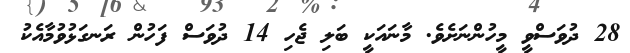
28 ދުވަސްވީ މީހުންނަށެވެ. މާނައަކީ ބަލި ޖެހި 14 ދުވަސް ފަހުން ރަނގަޅުވުމާއެކު